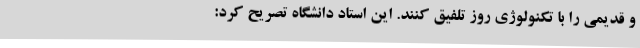
و قدیمی را با تکنولوژی روز تلفیق کنند. این استاد دانشگاه تصریح کرد: